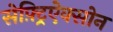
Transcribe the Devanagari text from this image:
सेफ़्ट्रिऐक्सोन